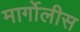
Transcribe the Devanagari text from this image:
मार्गोलीस